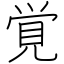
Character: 覚